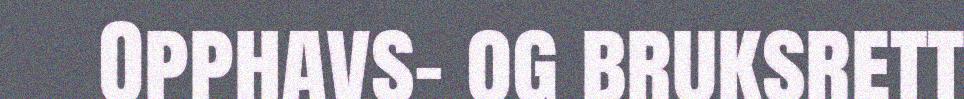
Opphavs- og bruksrett